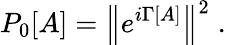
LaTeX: P_{0}[A]=\left\Vert e^{i\Gamma[A]}\right\Vert^{2}\; .